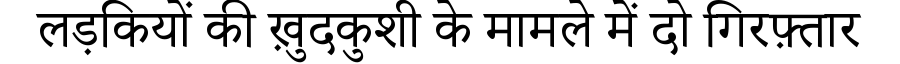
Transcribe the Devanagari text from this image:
लड़कियों की ख़ुदकुशी के मामले में दो गिरफ़्तार